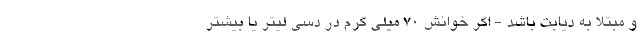
و مبتلا به دیابت باشد - اگر خوانش 70 میلی گرم در دسی لیتر یا بیشتر